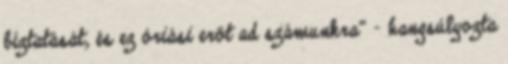
bíztatását, és ez óriási erőt ad számunkra” – hangsúlyozta